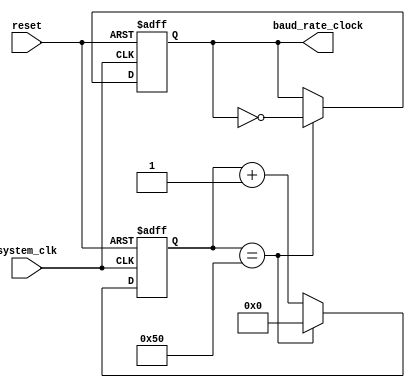
module CPU_baud_rate(system_clk,reset,baud_rate_clock);
input system_clk,reset;
output reg baud_rate_clock;
reg [8:0] count;
initial 
 begin
  count<=9'b0;
  baud_rate_clock<=1'b1;
 end
always @(posedge system_clk or posedge reset) 
 begin
  if(reset)
   begin
    count<=9'b0;
    baud_rate_clock<=1'b1;
   end
  else
   begin
    if(count==80)  //100MHZ/(64*9600)=162.76
     begin 
	    baud_rate_clock<=~baud_rate_clock; 
	    count<=9'b0;
	   end
    else
     begin
      count<=count+1; 
     end
   end
 end
endmodule